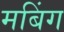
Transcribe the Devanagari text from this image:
मबिंग